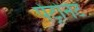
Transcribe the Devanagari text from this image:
पेट्रोनेट